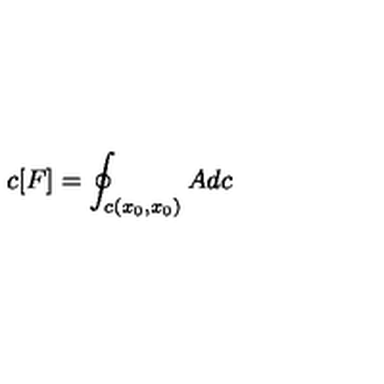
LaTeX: c [ F ] = \oint _ { c ( x _ { 0 } , x _ { 0 } ) } A d c